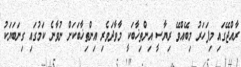
ރާއްޖޭގައި މިފަހަރު މިބޭއްވޭ ރިޔާސީ އިންތިޚާބަކީ މާވާދަވެރި އިންތިޚާބަކަށް ނުވާނެ ކަމުގައި ގިނަބަޔަކު